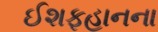
ઈશફહાનના